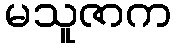
မသူဇာက